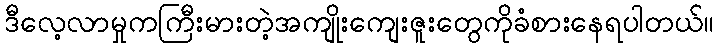
ဒီလေ့လာမှုကကြီးမားတဲ့အကျိုးကျေးဇူးတွေကိုခံစားနေရပါတယ်။